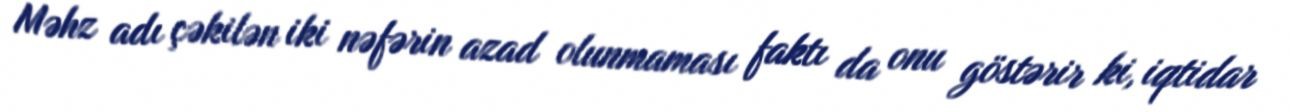
Məhz adı çəkilən iki nəfərin azad olunmaması faktı da onu göstərir ki, iqtidar